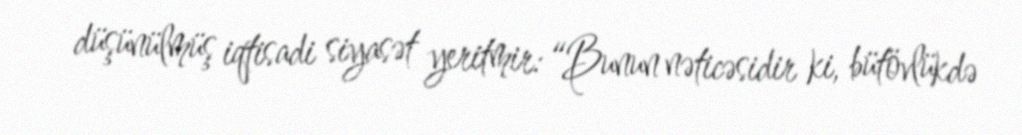
düşünülmüş iqtisadi siyasət yeritmir: “Bunun nəticəsidir ki, bütövlükdə